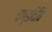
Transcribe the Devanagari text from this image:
दण्डविधि